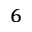
^ { 6 }